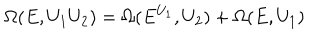
LaTeX: \Omega ( E , U _ { 1 } U _ { 2 } ) = \Omega ( E ^ { U _ { 1 } } , U _ { 2 } ) + \Omega ( E , U _ { 1 } )